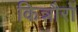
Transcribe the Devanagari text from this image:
किन्नौरों